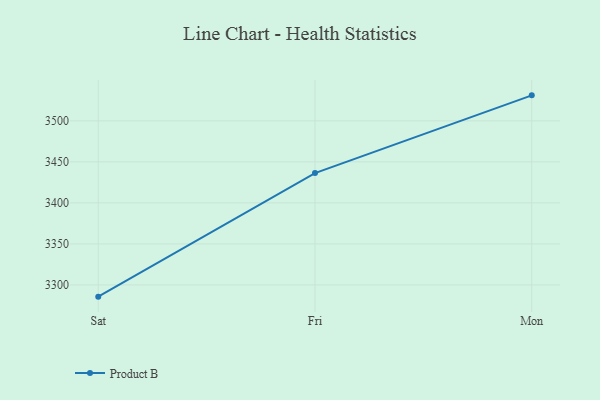
{"axis": {"x": "Day", "y": "Net Income (USD K)"}, "legend": ["Product B"], "data": [{"x": "Sat", "y": 3285.7, "type": "Product B"}, {"x": "Fri", "y": 3436.3, "type": "Product B"}, {"x": "Mon", "y": 3531.1, "type": "Product B"}]}